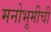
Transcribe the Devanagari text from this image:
मनोभूमीची